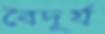
বৈদূর্য